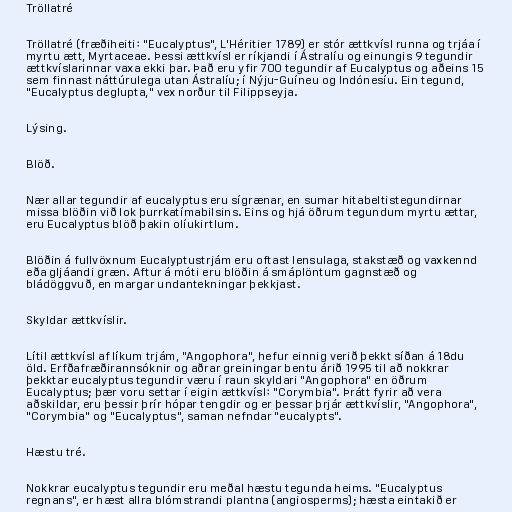
Tröllatré

Tröllatré (fræðiheiti: "Eucalyptus", L'Héritier 1789) er stór ættkvísl runna og trjáa í
myrtu ætt, Myrtaceae. Þessi ættkvísl er ríkjandi í Ástralíu og einungis 9 tegundir
ættkvíslarinnar vaxa ekki þar. Það eru yfir 700 tegundir af Eucalyptus og aðeins 15
sem finnast náttúrulega utan Ástralíu; í Nýju-Guíneu og Indónesíu. Ein tegund,
"Eucalyptus deglupta," vex norður til Filippseyja.

Lýsing.

Blöð.

Nær allar tegundir af eucalyptus eru sígrænar, en sumar hitabeltistegundirnar
missa blöðin við lok þurrkatímabilsins. Eins og hjá öðrum tegundum myrtu ættar,
eru Eucalyptus blöð þakin olíukirtlum.

Blöðin á fullvöxnum Eucalyptustrjám eru oftast lensulaga, stakstæð og vaxkennd
eða gljáandi græn. Aftur á móti eru blöðin á smáplöntum gagnstæð og
bládöggvuð, en margar undantekningar þekkjast.

Skyldar ættkvíslir.

Lítil ættkvísl af líkum trjám, "Angophora", hefur einnig verið þekkt síðan á 18du
öld. Erfðafræðirannsóknir og aðrar greiningar bentu árið 1995 til að nokkrar
þekktar eucalyptus tegundir væru í raun skyldari "Angophora" en öðrum
Eucalyptus; þær voru settar í eigin ættkvísl: "Corymbia". Þrátt fyrir að vera
aðskildar, eru þessir þrír hópar tengdir og er þessar þrjár ættkvíslir, "Angophora",
"Corymbia" og "Eucalyptus", saman nefndar "eucalypts".

Hæstu tré.

Nokkrar eucalyptus tegundir eru meðal hæstu tegunda heims. "Eucalyptus
regnans", er hæst allra blómstrandi plantna (angiosperms); hæsta eintakið er